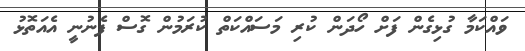
ވައްކަމާ ގުޅިގެން ފަށް ހޯދަން ކުރި މަސައްކަތް ކުރަމުން ގޮސް ފެނުނީ އެއަތޮޅު